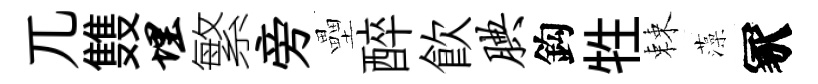
兀䨇埋繁旁壘醉飮腆鈎牲棘藻冢